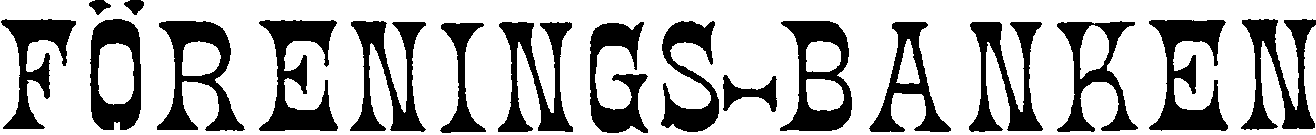
FÖRENINGS-BANKEN